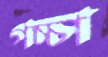
গচ্চা